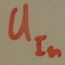
Text: UIn